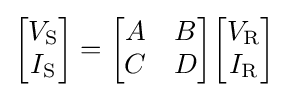
{\begin{bmatrix}V_{\mathrm {S} }\\I_{\mathrm {S} }\\\end{bmatrix}}={\begin{bmatrix}A&B\\C&D\\\end{bmatrix}}{\begin{bmatrix}V_{\mathrm {R} }\\I_{\mathrm {R} }\\\end{bmatrix}}